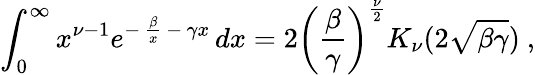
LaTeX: \int_{0}^{\infty}x^{\nu-1}e^{-\, {\frac{\beta}{x}}\, -\, \gamma x}\, dx=2\left({\frac{\beta}{\gamma}}\right)^{{\frac{\nu}{2}}}K_{\nu}(2\sqrt{\beta\gamma})\ ,